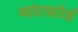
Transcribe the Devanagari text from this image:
मांटफ़ोर्ड